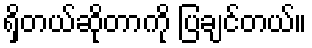
ရှိတယ်ဆိုတာကို ပြချင်တယ်။